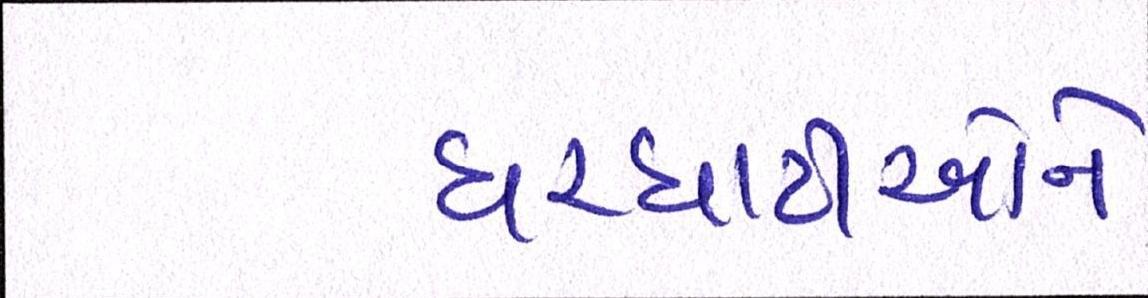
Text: ઘરઘાટીઓને